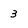
Character: 3